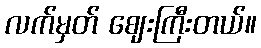
လက်မှတ် ဈေးကြီးတယ်။